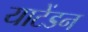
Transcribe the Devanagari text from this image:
याटेंडन